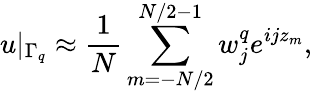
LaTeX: u|_{\Gamma_{q}}\approx\frac{1}{N}\sum_{m=-N/2}^{N/2-1}w_{j}^{q}e^{ijz_{m}},